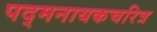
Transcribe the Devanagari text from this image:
पद्मनायकचरित्र